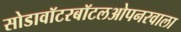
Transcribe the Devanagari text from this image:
सोडावॉटरबॉटलओपनरवाला